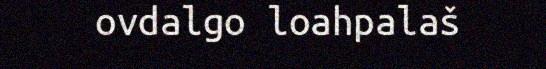
ovdalgo loahpalaš